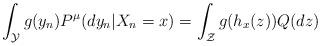
LaTeX: \begin{align*}\int_{\mathcal{Y}}g(y_{n})P^{\mu}(dy_{n}|X_{n}=x)=\int_{\mathcal{Z}}g(h_{x}(z))Q(dz)\end{align*}